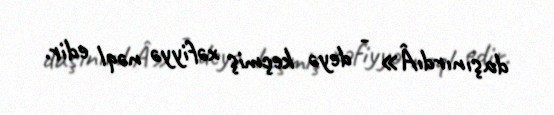
daşınırdıÂ» - deyə keçmiş xəfiyyə nəql edir.